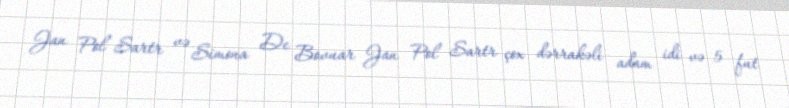
Jan Pol Sartr və Simona De Bovuar Jan Pol Sartr çox dərrakəli adam idi və 5 fut